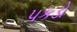
પકડો